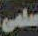
سلمى